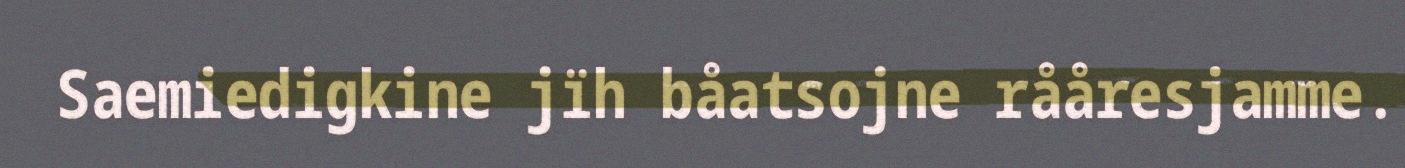
Saemiedigkine jïh båatsojne rååresjamme.